Annual report of lunatic asylums [Bombay] - 1912-1922
Year: 1912
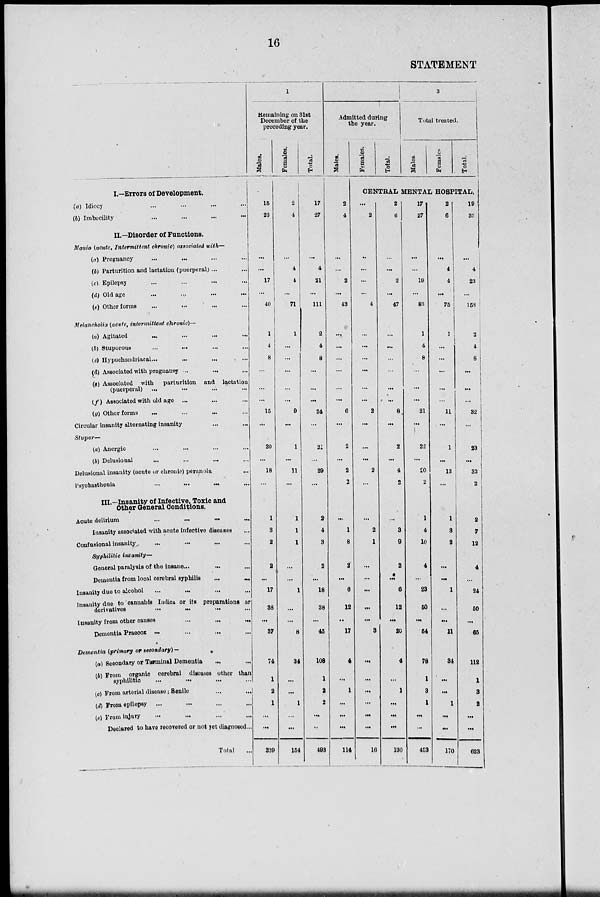
16
STATEMENT
I.—Errors of Development.
(a) Idiocy
...
...
...
...
(b) Imbecility ... ... ... ...
II.—Disorder of Functions.
Mania (acute, Intermittent chronic) associated with—
(a) Pregnancy ... ... ... ...
(b) Parturition and lactation (puerperal) ... ...
(c) Epilepsy ... ... ... ...
(d) Old age ... ... ... ...
(e) Other forms ... ... ... ...
Melancholia (acute, intermittent chronic)—
(a) Agitated ... ... ... ...
(b) Stuporous ... ... ... ...
(c) Hypochondriacal ... ... ... ...
(d) Associated with pregnancy ... ... ...
(e) Associated with
parturition and lactation
(puerperal) ... ... ... ...
(f) Associated with old age ... ... ... ...
(g) Other forms ... ... ... ...
Circular insanity alternating insanity ... ...
Stupor—
(a) Anergic ... ... ... ...
(b) Delusional ... ... ... ...
Delusional insanity (acute or chronic) peranoia ...
Psychasthenia
...
...
...
...
III.—Insanity of Infective, Toxic and
Other General Conditions.
Acute delirium ... ... ... ...
Insanity associated with acute infective diseases ...
Confusional insanity ... ... ... ...
Syphilitic
insanity—
General paralysis of the insane ... ... ...
Dementia from local cerebral syphilis ... ...
Insanity due to alcohol ... ... ... ...
Insanity due to cannabis Indica or its preparations or
derivatives
...
...
...
...
Insanity from other causes ... ... ...
Dementia Praecox ... ... ... ...
Dementia (primary or secondary)-
(a) Secondary or Terminal Dementia ... ...
(b) From organic cerebral diseases other than
syphilitic ... ... ... ...
(c) From arterial disease; Senile ... ... ...
(d) From epilepsy ... ... ... ...
(e) From injury ... ... ... ...
Declared to have recovered or not yet diagnosed ...
Total ...
1
Remaining on 31st
December of the
preceding year.
Males.
15
23
...
...
17
...
40
1
4
8
...
...
...
15
...
20
...
18
...
1
3
2
2
...
17
38
...
37
74
1
2
1
...
...
339
Females.
2
4
...
4
4
...
71
1
...
...
...
...
...
9
...
1
...
11
...
1
1
1
...
...
1
...
...
8
34
...
...
1
...
...
154
Total.
17
27
...
4
21
...
111
2
4
8
...
...
...
24
...
21
...
29
...
2
4
3
2
...
18
38
...
45
108
1
2
2
...
...
493
Admitted during
the year.
Males.
2
4
...
...
2
...
43
...
...
...
...
...
...
6
...
2
...
2
2
...
1
8
2
...
6
12
...
17
4
...
1
...
...
...
114
Females.
Total.
3
Total treated.
Males.
Females.
Total.
CENTRAL MENTAL HOSPITAL.
...
2
...
...
...
...
4
...
...
...
...
...
...
2
...
...
...
2
...
...
2
1
...
...
...
...
...
3
...
...
...
...
...
...
16
2
6
...
...
2
...
47
...
...
...
...
...
...
8
...
2
...
4
2
...
3
9
2
...
6
12
...
20
4
...
1
...
...
...
130
17
27
...
...
19
...
83
1
4
8
...
...
...
21
...
22
...
20
2
1
4
10
4
...
23
50
...
54
78
1
3
1
...
...
453
2
6
...
4
4
...
75
1
...
...
...
...
...
11
...
1
...
13
...
1
3
2
...
...
1
...
...
11
34
...
...
1
...
...
170
19
33
...
4
23
...
158
2
4
8
...
...
...
32
...
23
...
33
2
2
7
12
4
...
24
50
...
65
112
1
3
2
...
...
623